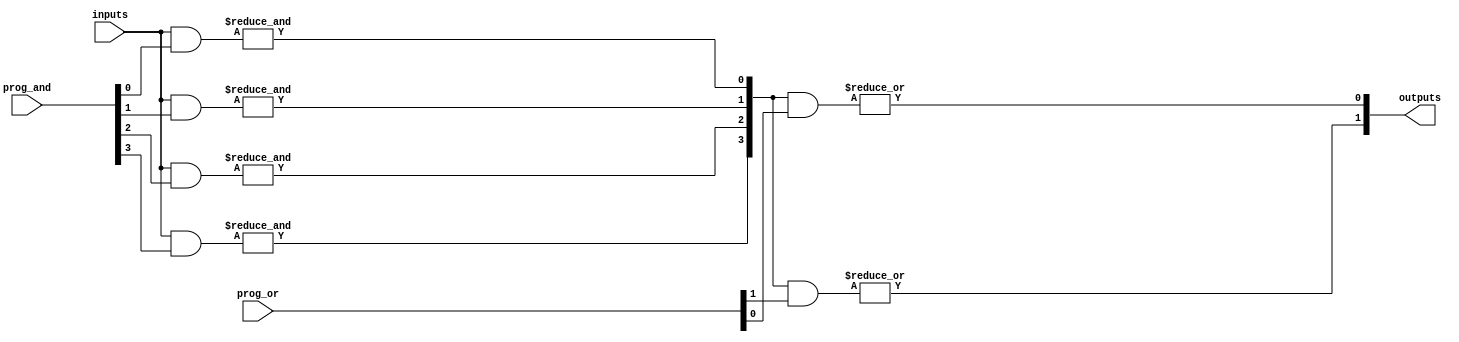
module PLA #(
    parameter NUM_INPUTS = 3,   // Number of inputs (A, B, C, ...)
    parameter NUM_AND_GATES = 4, // Number of AND gates (product terms)
    parameter NUM_OUTPUTS = 2    // Number of outputs (Y1, Y2, ...)
)(
    input wire [NUM_INPUTS-1:0] inputs, // Input signals
    input wire [NUM_AND_GATES-1:0] prog_and, // Configuration for AND gates
    input wire [NUM_OUTPUTS-1:0] prog_or, // Configuration for OR gates
    output wire [NUM_OUTPUTS-1:0] outputs // Output signals
);

    wire [NUM_AND_GATES-1:0] and_outputs; // Outputs from AND gates

    // AND Plane
    genvar i, j;
    generate
        for (i = 0; i < NUM_AND_GATES; i = i + 1) begin : AND_GATES
            wire [NUM_INPUTS-1:0] and_input;
            assign and_input = {prog_and[i], inputs}; // Combine program bits (for negation) with inputs

            // Each AND gate considers its programmability
            assign and_outputs[i] = &({and_input[NUM_INPUTS-1:0]} & prog_and[i]); // AND operation
        end
    endgenerate

    // OR Plane
    generate
        for (j = 0; j < NUM_OUTPUTS; j = j + 1) begin : OR_GATES
            // Each OR gate considers its programmability
            assign outputs[j] = |(and_outputs & prog_or[j]); // OR operation
        end
    endgenerate

endmodule